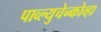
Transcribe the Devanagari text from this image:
पाव्ल्युचेन्कोव्हा